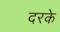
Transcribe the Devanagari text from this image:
दरके